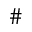
\#